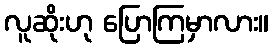
လူဆိုးဟု ပြောကြမှာလား။